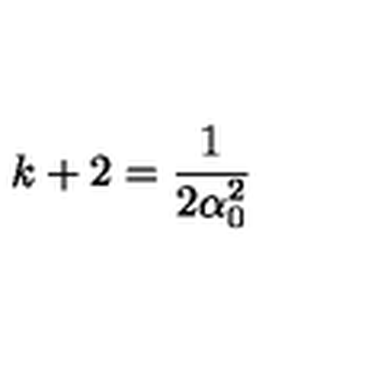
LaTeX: k + 2 = \frac { 1 } { 2 \alpha _ { 0 } ^ { 2 } }